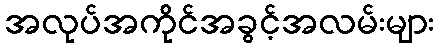
အလုပ်အကိုင်အခွင့်အလမ်းများ